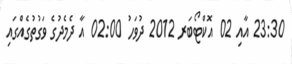
23:30 އާއި 02 އޮކްޓޯބަރ 2012 ދުވަހު 02:00 އާ ދެމެދުގެ ވަގުތުގެއްގައި